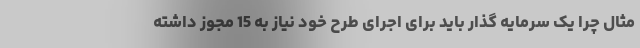
مثال چرا یک سرمایه گذار باید برای اجرای طرح خود نیاز به 15 مجوز داشته